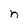
Character: n